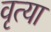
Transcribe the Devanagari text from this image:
वृत्या